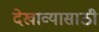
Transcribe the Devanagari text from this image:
देखाव्यासाठी